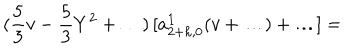
( \frac { 5 } { 3 } v - \frac { 5 } { 3 } Y ^ { 2 } + \ldots ) \, [ a _ { 2 + h , 0 } ^ { \bf 1 } ( v + \ldots ) + \ldots ] =